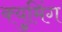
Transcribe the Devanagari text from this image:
क्युमिंग